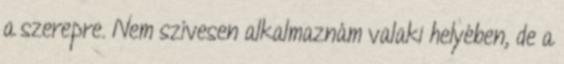
a szerepre. Nem szívesen alkalmaznám valaki helyében, de a